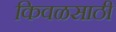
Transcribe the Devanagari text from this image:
किवळसाठी